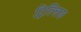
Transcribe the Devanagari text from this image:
ट्रिल्लिङ